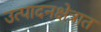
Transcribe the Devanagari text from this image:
उत्पादनक्षेत्रात